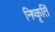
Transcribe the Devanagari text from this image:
निष्कृतिं